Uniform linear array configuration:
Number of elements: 8
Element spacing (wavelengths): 0.75
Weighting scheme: kaiser
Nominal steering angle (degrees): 45
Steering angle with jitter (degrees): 46.852
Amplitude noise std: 0.05
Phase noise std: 0.05

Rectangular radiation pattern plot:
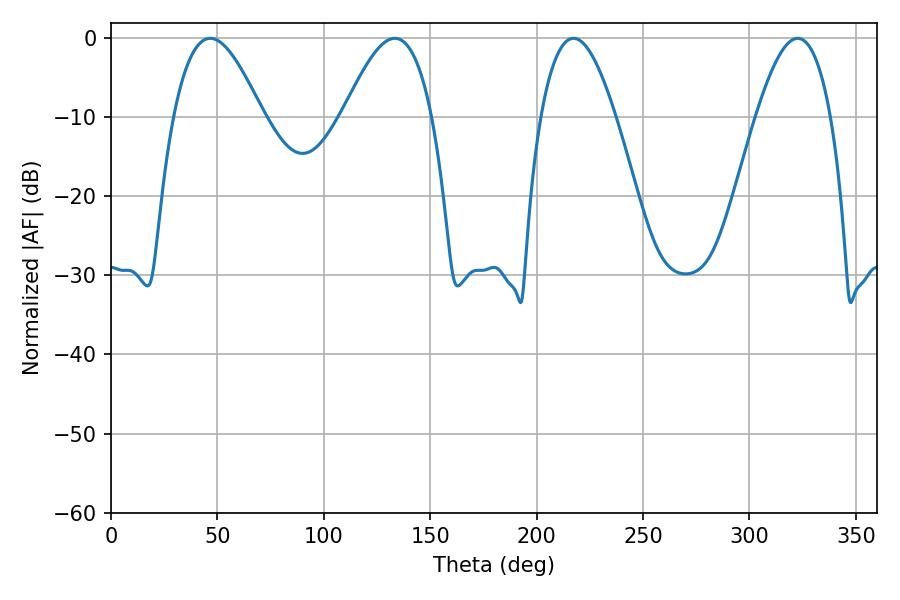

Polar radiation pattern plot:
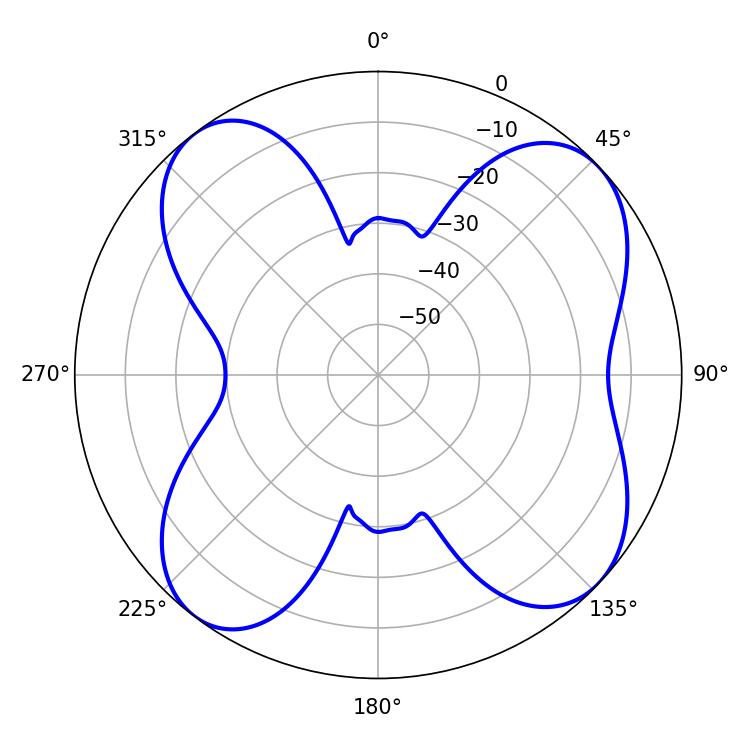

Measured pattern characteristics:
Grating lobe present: TRUE
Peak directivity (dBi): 9.817
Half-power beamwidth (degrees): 22.5
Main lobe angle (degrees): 46.62